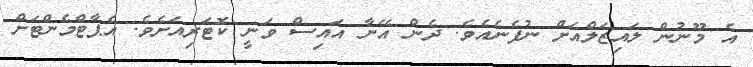
އެ މޫނުން ލައިޒަލްއަށް ނުފެނެއެވެ. ދެން އޭނާ އައިސް ވަނީ ކޮޓަރިއަށެވެ. އެޕާޓްމެންޓަށް